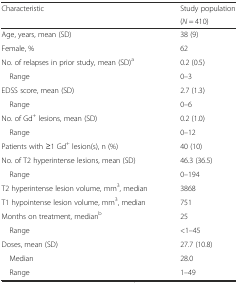
<table><thead><tr><td rowspan="2"><b>Characteristic</b></td><td><b>Study population</b></td></tr><tr><td><b>(<i>N</i> = 410)</b></td></tr></thead><tbody><tr><td>Age, years, mean (SD)</td><td>38 (9)</td></tr><tr><td>Female, %</td><td>62</td></tr><tr><td>No. of relapses in prior study, mean (SD)<sup>a</sup></td><td>0.2 (0.5)</td></tr><tr><td> Range</td><td>0–3</td></tr><tr><td>EDSS score, mean (SD)</td><td>2.7 (1.3)</td></tr><tr><td> Range</td><td>0–6</td></tr><tr><td>No. of Gd<sup>+</sup> lesions, mean (SD)</td><td>0.2 (1.0)</td></tr><tr><td> Range</td><td>0–12</td></tr><tr><td>Patients with ≥1 Gd<sup>+</sup> lesion(s), n (%)</td><td>40 (10)</td></tr><tr><td>No. of T2 hyperintense lesions, mean (SD)</td><td>46.3 (36.5)</td></tr><tr><td> Range</td><td>0–194</td></tr><tr><td>T2 hyperintense lesion volume, mm<sup>3</sup>, median</td><td>3868</td></tr><tr><td>T1 hypointense lesion volume, mm<sup>3</sup>, median</td><td>751</td></tr><tr><td>Months on treatment, median<sup>b</sup></td><td>25</td></tr><tr><td> Range</td><td>&lt;1–45</td></tr><tr><td>Doses, mean (SD)</td><td>27.7 (10.8)</td></tr><tr><td> Median</td><td>28.0</td></tr><tr><td> Range</td><td>1–49</td></tr></tbody></table>